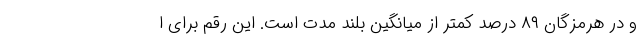
و در هرمزگان ۸۹ درصد کمتر از میانگین بلند مدت است. این رقم برای ا